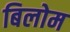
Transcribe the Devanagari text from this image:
बिलोम